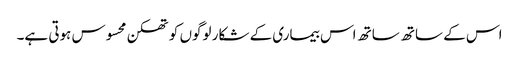
اس کے ساتھ ساتھ اس بیماری کے شکار لوگوں کو تھکن محسوس ہوتی ہے۔